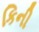
કિની